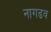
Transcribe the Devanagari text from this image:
नागढव